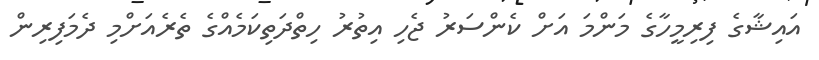
އައިޝާގެ ފިރިމީހާގެ މަންމަ އަށް ކެންސަރު ޖެހި އިތުރު ހިތްދަތިކަމެއްގެ ތެރެއަށްމި ދެމަފިރިން